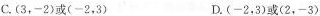
C.(3,-2)或(-2,3) D.(-2,3)或(2,-3)